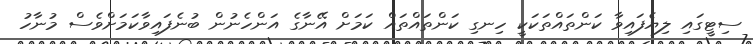
ސިޓީގައި ލިޔެފައިވާ ކަންތައްތަކަކީ ހިނގި ކަންތައްތައް ކަމަށް އޭނާގެ އަންހެނުން ބުނެފައިވާކަމަށްވެސް މުނާހު